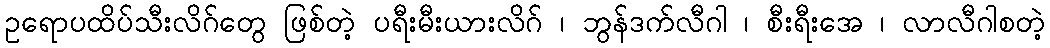
ဥရောပထိပ်သီးလိဂ်တွေ ဖြစ်တဲ့ ပရီးမီးယားလိဂ် ၊ ဘွန်ဒက်လီဂါ ၊ စီးရီးအေ ၊ လာလီဂါစတဲ့